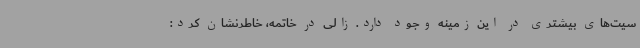
سیت‌های بیشتری در این زمینه وجود دارد. زالی در خاتمه، خاطرنشان کرد: